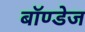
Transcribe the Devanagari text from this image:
बॉण्डेज